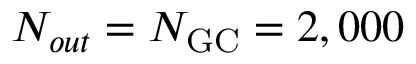
N _ { o u t } = N _ { \mathrm { G C } } = 2 , 0 0 0